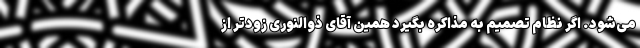
می‌شود. اگر نظام تصمیم به مذاکره بگیرد همین آقای ذوالنوری زودتر از